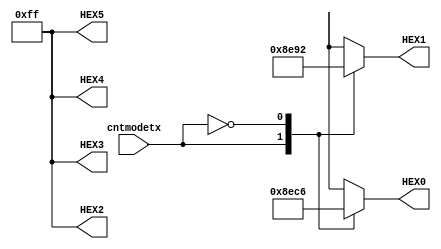
module txmodeto7seg(
input cntmodetx,

output reg [7:0] HEX0, HEX1, HEX2, HEX3, HEX4, HEX5
);


always@(*)
begin
	case(cntmodetx)
		1:
			begin
			HEX0 <= 8'b1_0001_110; //F
			HEX1 <= 8'b1_0001_110; //F
			HEX2 <= 8'b1_1111_111; //NONE
			HEX3 <= 8'b1_1111_111; //NONE
			HEX4 <= 8'b1_1111_111; //NONE
			HEX5 <= 8'b1_1111_111; //NONE
			end
		0:
			begin
			HEX0 <= 8'b1_1000_110; //C
			HEX1 <= 8'b1_0010_010; //S
			HEX2 <= 8'b1_1111_111; //NONE
			HEX3 <= 8'b1_1111_111; //NONE
			HEX4 <= 8'b1_1111_111; //NONE
			HEX5 <= 8'b1_1111_111; //NONE
			end
		endcase
end

endmodule